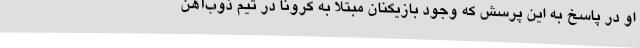
او در پاسخ به این پرسش که وجود بازیکنان مبتلا به کرونا در تیم ذوب‌آهن